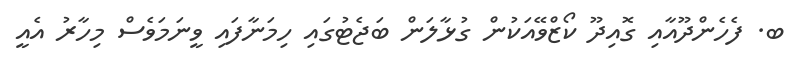
ބ. ފެހެންދޫއާއި ގޮއިދޫ ކޯޒްވޭއަކުން ގުޅާލަން ބަޖެޓުގައި ހިމަނާފައި ވީނަމަވެސް މިހާރު އެއީ